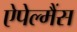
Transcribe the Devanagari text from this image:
ऐपेल्मैंस